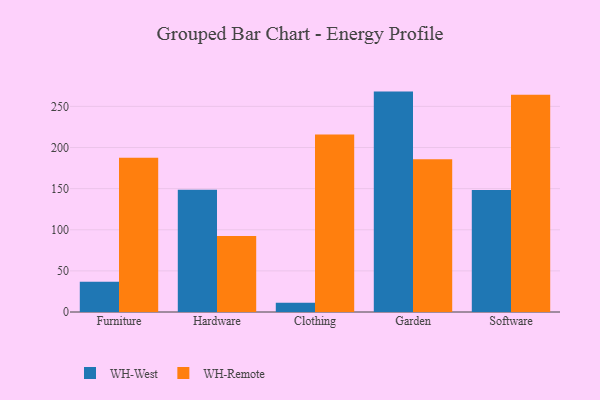
{"axis": {"x": "Category", "y": "Net Income (USD K)"}, "legend": ["WH-Remote", "WH-West"], "data": [{"x": "Furniture", "y": 36.9, "type": "WH-West"}, {"x": "Furniture", "y": 187.7, "type": "WH-Remote"}, {"x": "Hardware", "y": 148.7, "type": "WH-West"}, {"x": "Hardware", "y": 92.3, "type": "WH-Remote"}, {"x": "Clothing", "y": 11.1, "type": "WH-West"}, {"x": "Clothing", "y": 215.9, "type": "WH-Remote"}, {"x": "Garden", "y": 268.0, "type": "WH-West"}, {"x": "Garden", "y": 185.7, "type": "WH-Remote"}, {"x": "Software", "y": 148.4, "type": "WH-West"}, {"x": "Software", "y": 264.1, "type": "WH-Remote"}]}